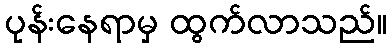
ပုန်းနေရာမှ ထွက်လာသည်။